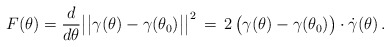
\begin{align*}F(\theta)=\frac{d}{d\theta}\big|\big|\gamma(\theta)-\gamma(\theta_0)\big|\big|^2\,=\,2 \,\big(\gamma(\theta) - \gamma(\theta_0)\big)\cdot\dot{\gamma}(\theta)\,.\end{align*}